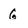
Character: 6